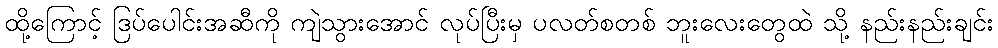
ထို့ကြောင့် ဒြပ်ပေါင်းအဆီကို ကျဲသွားအောင် လုပ်ပြီးမှ ပလတ်စတစ် ဘူးလေးတွေထဲ သို့ နည်းနည်းချင်း